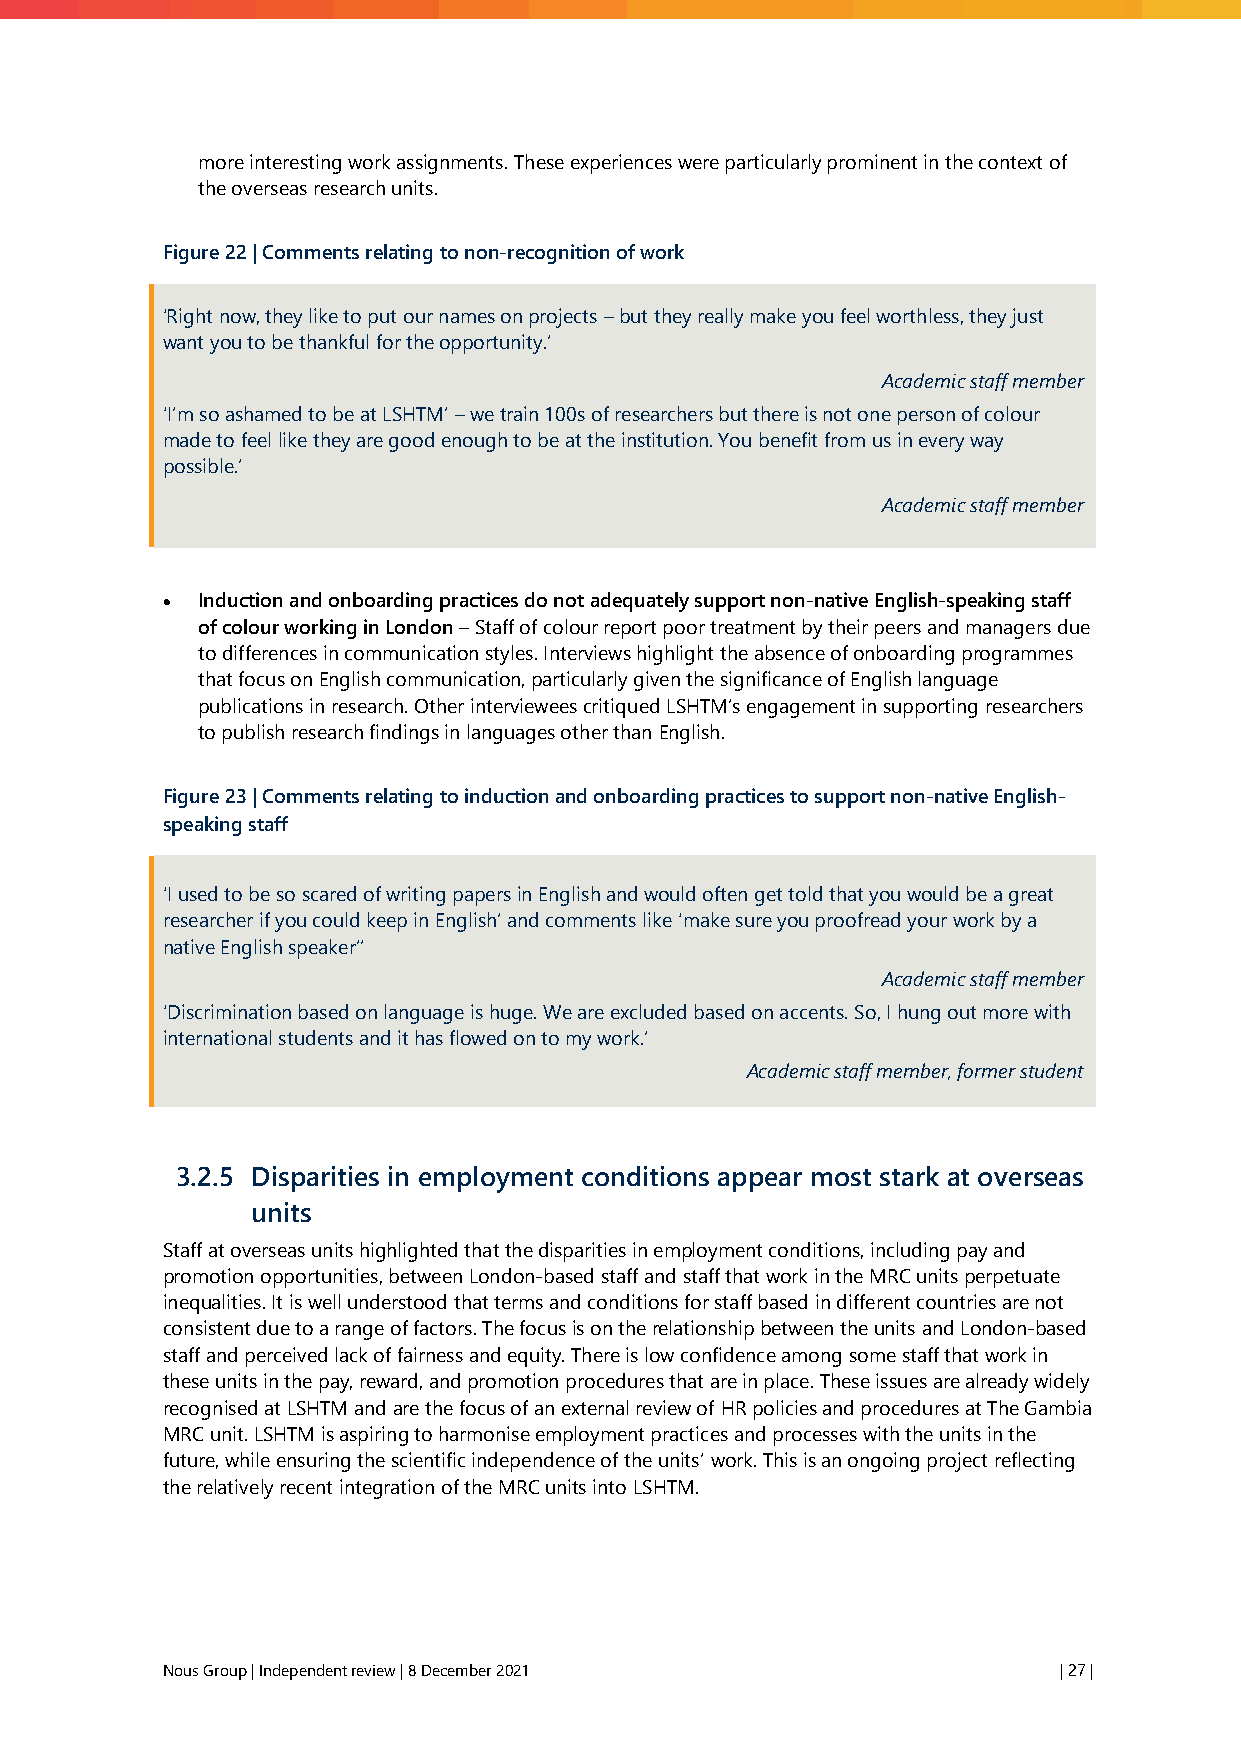
more interesting work assignments. These experiences were particularly prominent in the context of
 the overseas research units.
 Figure 22 | Comments relating to non-recognition of work
 ‘Right now, they like to put our names on projects – but they really make you feel worthless, they just
 want you to be thankful for the opportunity.’
 Academic staff member
 ‘I’m so ashamed to be at LSHTM’ – we train 100s of researchers but there is not one person of colour
 made to feel like they are good enough to be at the institution. You benefit from us in every way
 possible.’
 Academic staff member
 • Induction and onboarding practices do not adequately support non-native English-speaking staff
 of colour working in London – Staff of colour report poor treatment by their peers and managers due
 to differences in communication styles. Interviews highlight the absence of onboarding programmes
 that focus on English communication, particularly given the significance of English language
 publications in research. Other interviewees critiqued LSHTM’s engagement in supporting researchers
 to publish research findings in languages other than English.
 Figure 23 | Comments relating to induction and onboarding practices to support non-native English-
 speaking staff
 ‘I used to be so scared of writing papers in English and would often get told that you would be a great
 researcher if you could keep in English’ and comments like ‘make sure you proofread your work by a
 native English speaker’’
 Academic staff member
 ‘Discrimination based on language is huge. We are excluded based on accents. So, I hung out more with
 international students and it has flowed on to my work.’
 Academic staff member, former student
 3.2.5 Disparities in employment conditions appear most stark at overseas
 units
 Staff at overseas units highlighted that the disparities in employment conditions, including pay and
 promotion opportunities, between London-based staff and staff that work in the MRC units perpetuate
 inequalities. It is well understood that terms and conditions for staff based in different countries are not
 consistent due to a range of factors. The focus is on the relationship between the units and London-based
 staff and perceived lack of fairness and equity. There is low confidence among some staff that work in
 these units in the pay, reward, and promotion procedures that are in place. These issues are already widely
 recognised at LSHTM and are the focus of an external review of HR policies and procedures at The Gambia
 MRC unit. LSHTM is aspiring to harmonise employment practices and processes with the units in the
 future, while ensuring the scientific independence of the units’ work. This is an ongoing project reflecting
 the relatively recent integration of the MRC units into LSHTM.
 Nous Group | Independent review | 8 December 2021          | 27 |